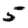
Digit: 5